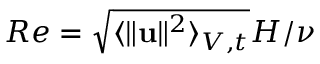
R e = \sqrt { \langle \| \mathbf { u } \| ^ { 2 } \rangle _ { V , t } } H / \nu